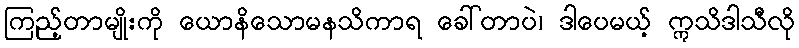
ကြည့်တာမျိုးကို ယောနိသောမနသိကာရ ခေါ်တာပဲ၊ ဒါပေမယ့် ဣသိဒါသီလို